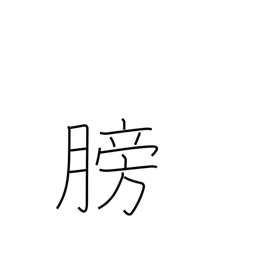
Meaning: bladder